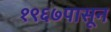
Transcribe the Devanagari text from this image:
१९६७पासून